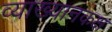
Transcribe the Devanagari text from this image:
व्याख्यानकक्ष